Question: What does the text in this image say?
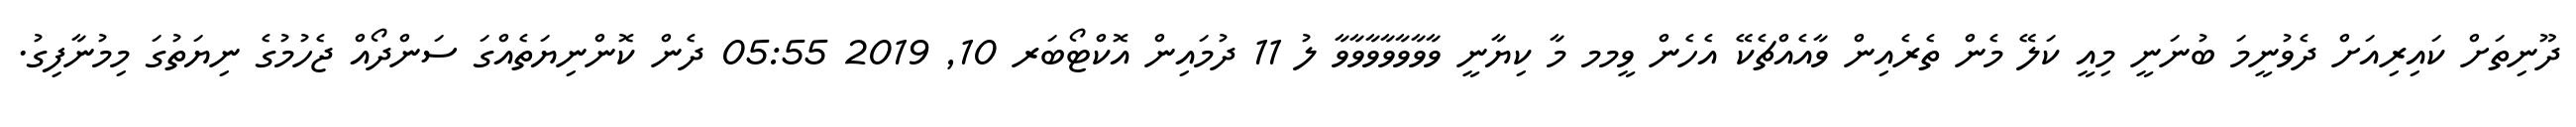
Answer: ދޫނިތަށް ކައިރިއަށް ދެވުނީމަ ބުނަނީ މިއީ ކަލޭ މެން ތެރެއިން ވާއެއްޗެކޭ އެހެން ވީމމ މާ ކިޔާނީ ވާވާވާވާވާވާވާ ލު 11 ދުމައިން އޮކްޓޯބަރ 10, 2019 05:55 ދެން ކޮންނިޔަތެއްގަ ސަންދޯއް ޖެހުމުގެ ނިޔަތުގަ މިމުނާފިގު.